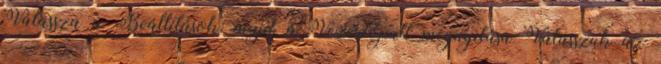
Válassza a Beállítások, majd a Vezérlőpult megnyitása Válasszuk az